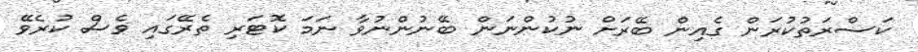
ކަސްރަތުކުރަން ގެއިން ބޭރަށް ނުކުންނަން ބޭނުންނުވާ ނަމަ ކޮޓަރި ތެރޭގައި ވެސް ކުރެވޭ